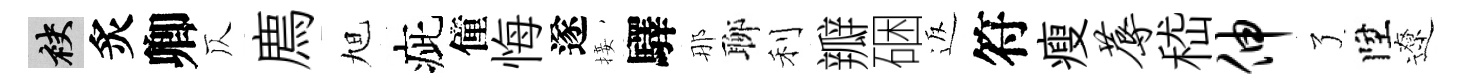
袂炙卿仄廌旭疵僮悔遂接驛那聊利瓣硱返符瘦蓐嵇伸了陞遼